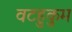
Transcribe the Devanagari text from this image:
वटहुकुम